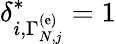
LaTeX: \delta_{i,\Gamma_{N,j}^{\left(\mathrm{e}\right)}}^{*}=1